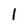
Character: 1